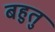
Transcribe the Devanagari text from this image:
बहुतु